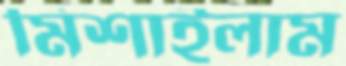
মিশাইলাম